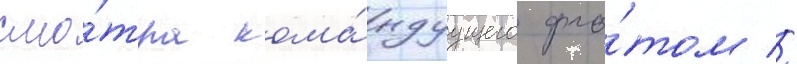
смо́тра кома́ндуущего фло́том //